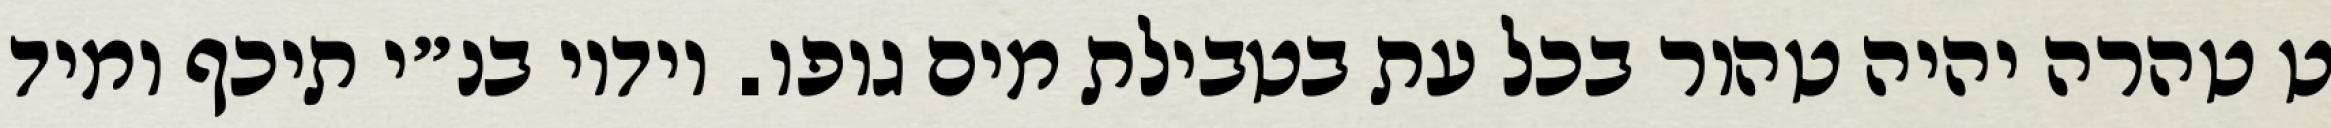
ט טהרה יהיה טהור בכל עת בטבילת מים גופו. וידיו בנ״י תיכף ומיד